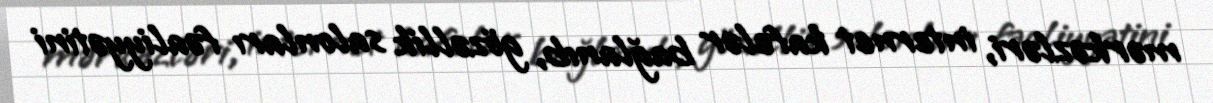
mərkəzləri, internet kafelər bağlanıb, gözəllik salonları fəaliyyətini